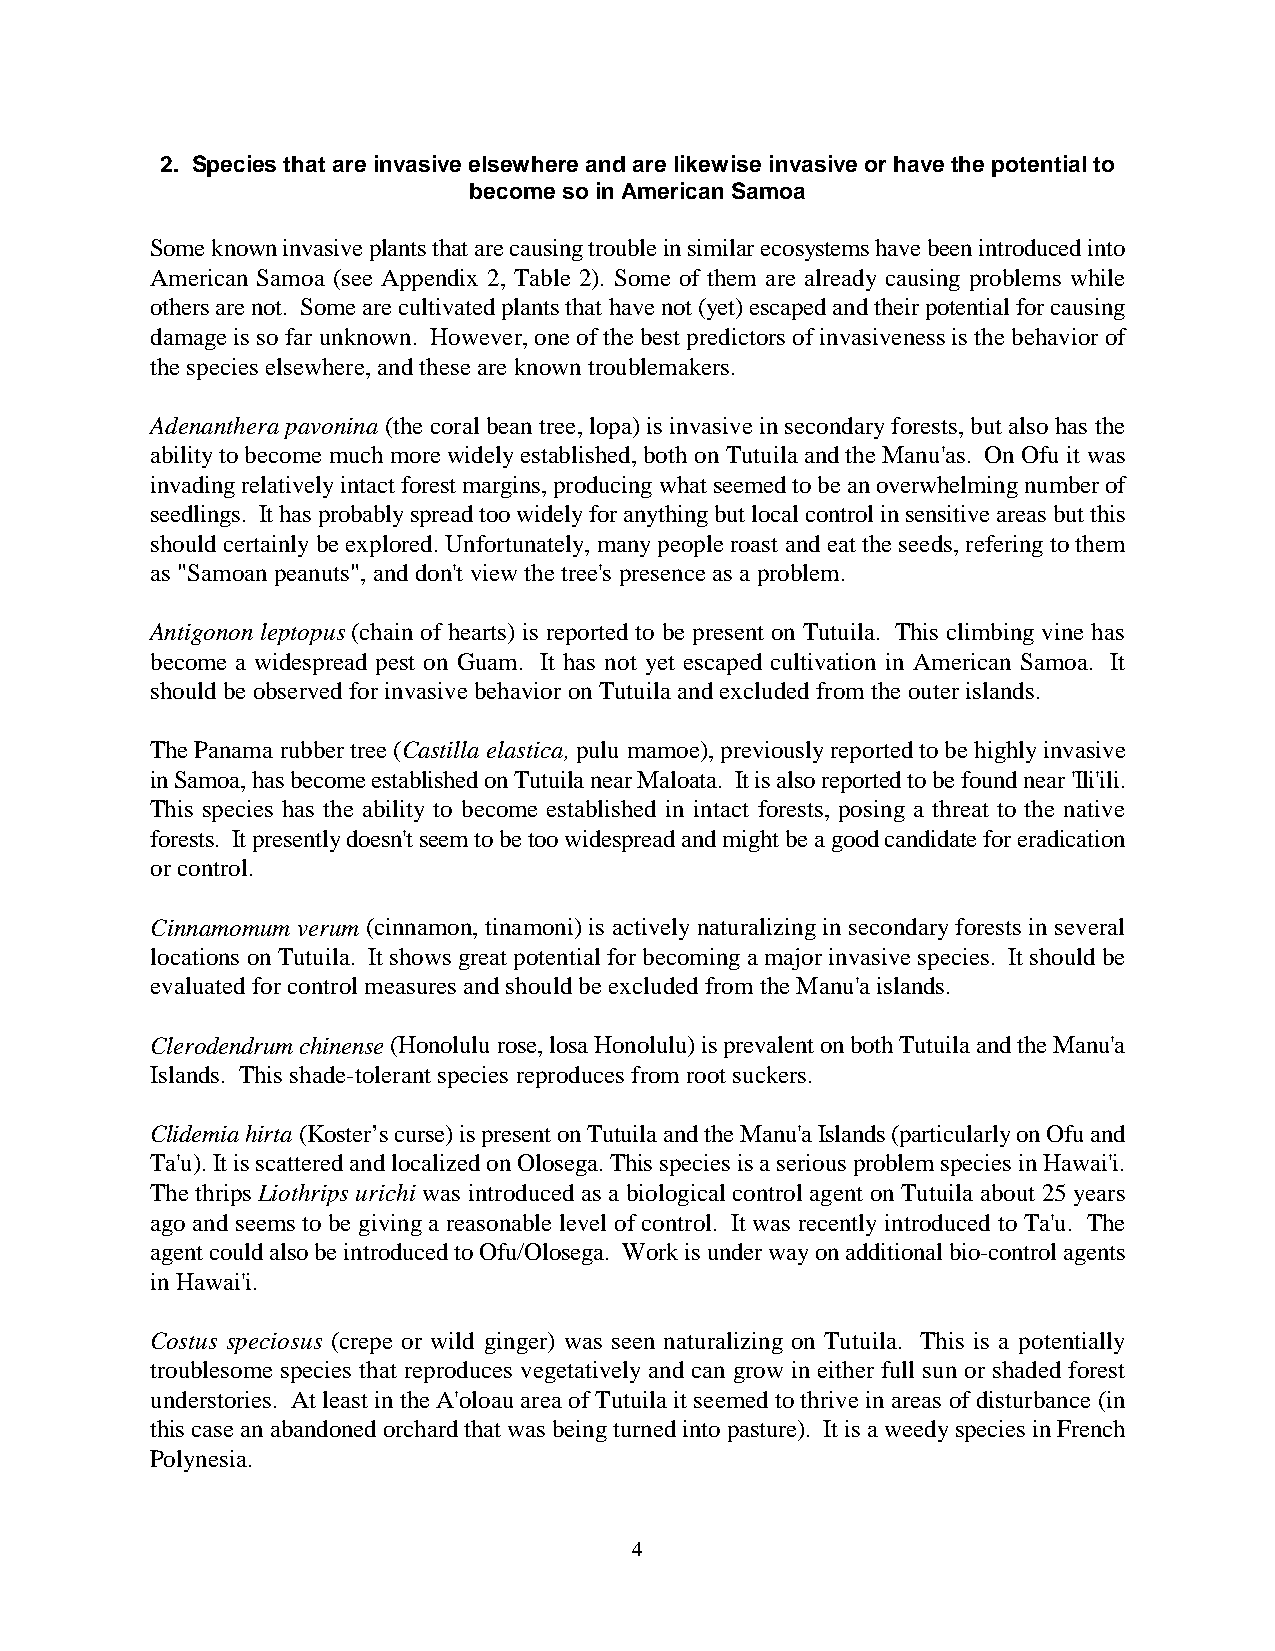
2. Species that are invasive elsewhere and are likewise invasive or have the potential to
 become so in American Samoa
 Some known invasive plants that are causing trouble in similar ecosystems have been introduced into
 American Samoa (see Appendix 2, Table 2). Some of them are already causing problems while
 others are not. Some are cultivated plants that have not (yet) escaped and their potential for causing
 damage is so far unknown. However, one of the best predictors of invasiveness is the behavior of
 the species elsewhere, and these are known troublemakers.
 Adenanthera pavonina (the coral bean tree, lopa) is invasive in secondary forests, but also has the
 ability to become much more widely established, both on Tutuila and the Manu'as. On Ofu it was
 invading relatively intact forest margins, producing what seemed to be an overwhelming number of
 seedlings. It has probably spread too widely for anything but local control in sensitive areas but this
 should certainly be explored. Unfortunately, many people roast and eat the seeds, refering to them
 as "Samoan peanuts", and don't view the tree's presence as a problem.
 Antigonon leptopus (chain of hearts) is reported to be present on Tutuila. This climbing vine has
 become a widespread pest on Guam. It has not yet escaped cultivation in American Samoa. It
 should be observed for invasive behavior on Tutuila and excluded from the outer islands.
 The Panama rubber tree (Castilla elastica, pulu mamoe), previously reported to be highly invasive
 in Samoa, has become established on Tutuila near Maloata. It is also reported to be found near 'Ili'ili.
 This species has the ability to become established in intact forests, posing a threat to the native
 forests. It presently doesn't seem to be too widespread and might be a good candidate for eradication
 or control.
 Cinnamomum verum (cinnamon, tinamoni) is actively naturalizing in secondary forests in several
 locations on Tutuila. It shows great potential for becoming a major invasive species. It should be
 evaluated for control measures and should be excluded from the Manu'a islands.
 Clerodendrum chinense (Honolulu rose, losa Honolulu) is prevalent on both Tutuila and the Manu'a
 Islands. This shade-tolerant species reproduces from root suckers.
 Clidemia hirta (Koster’s curse) is present on Tutuila and the Manu'a Islands (particularly on Ofu and
 Ta'u). It is scattered and localized on Olosega. This species is a serious problem species in Hawai'i.
 The thrips Liothrips urichi was introduced as a biological control agent on Tutuila about 25 years
 ago and seems to be giving a reasonable level of control. It was recently introduced to Ta'u. The
 agent could also be introduced to Ofu/Olosega. Work is under way on additional bio-control agents
 in Hawai'i.
 Costus speciosus (crepe or wild ginger) was seen naturalizing on Tutuila. This is a potentially
 troublesome species that reproduces vegetatively and can grow in either full sun or shaded forest
 understories. At least in the A'oloau area of Tutuila it seemed to thrive in areas of disturbance (in
 this case an abandoned orchard that was being turned into pasture). It is a weedy species in French
 Polynesia.
 4